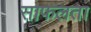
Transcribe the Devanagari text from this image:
साफलता